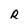
Character: R